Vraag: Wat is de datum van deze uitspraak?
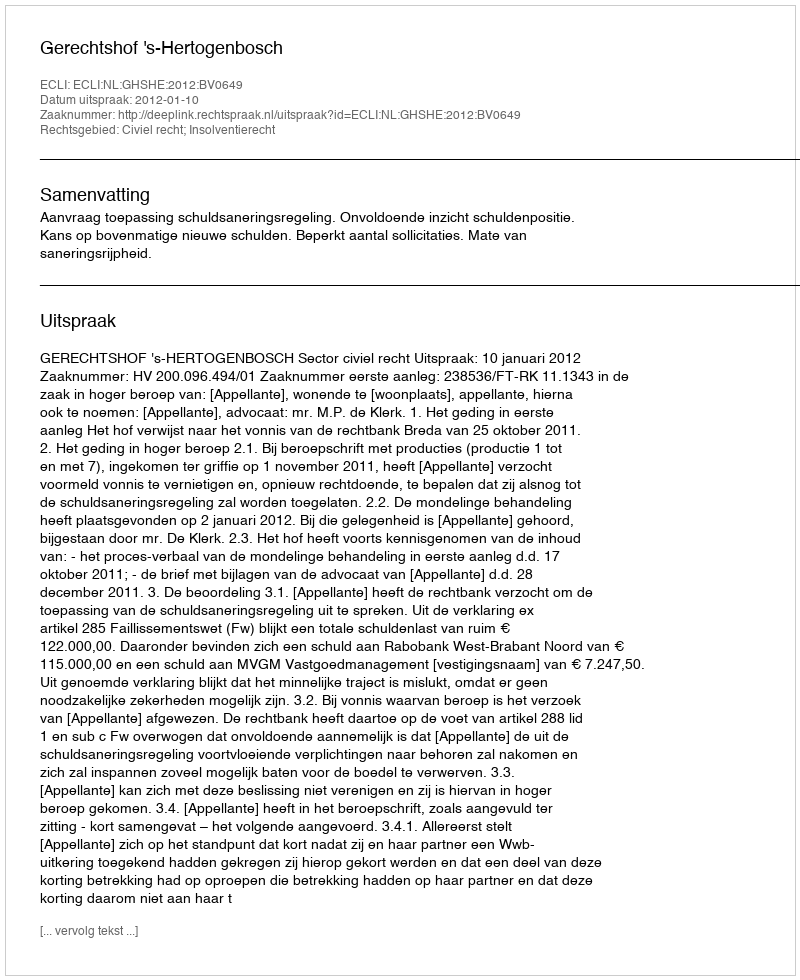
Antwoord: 2012-01-10